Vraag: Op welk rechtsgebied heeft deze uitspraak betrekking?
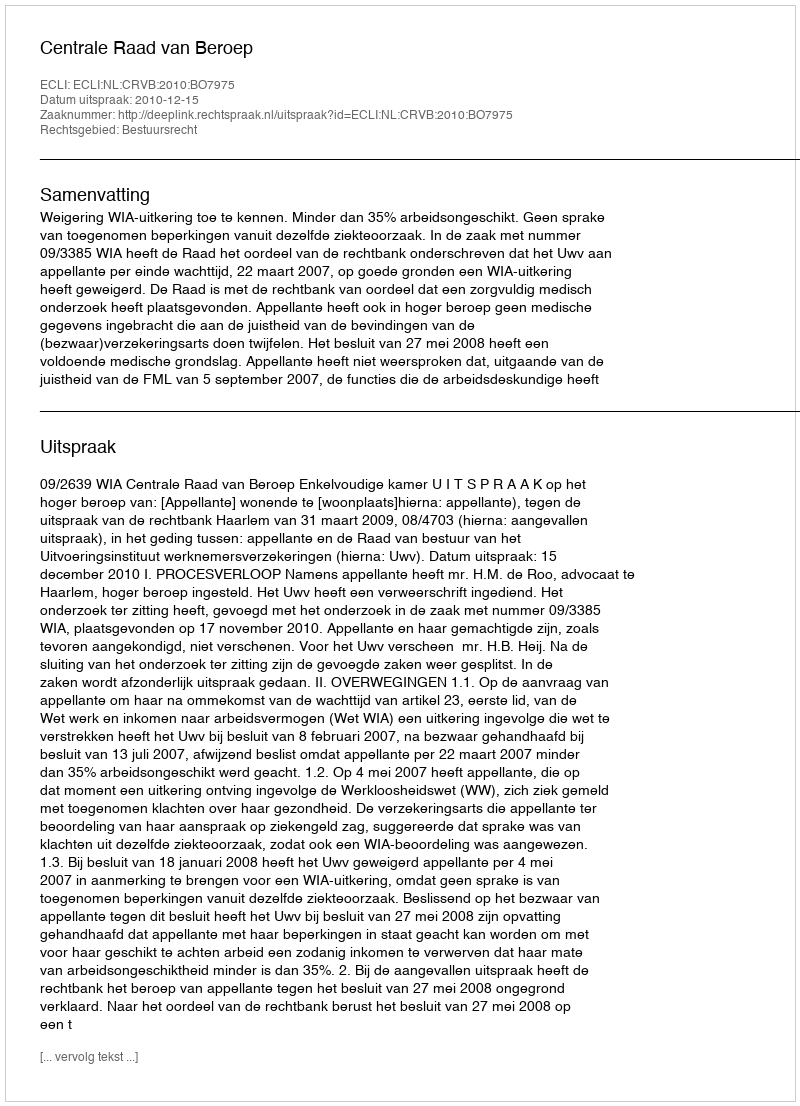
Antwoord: Bestuursrecht